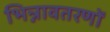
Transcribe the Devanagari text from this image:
भिन्नावतरणों